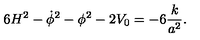
6 H ^ { 2 } - \dot { \phi } ^ { 2 } - \phi ^ { 2 } - 2 V _ { 0 } = - 6 { \frac { k } { a ^ { 2 } } } .